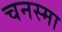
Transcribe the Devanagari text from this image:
चनस्मा